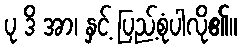
ပု ဒိ အာ၊ နှင့် ပြည့်စုံပါလို၏။